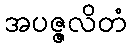
အပဇ္ဇလိတံ